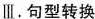
Ⅲ.句型转换